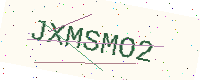
Text: JXMSMO2